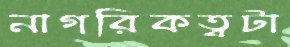
নাগরিকত্বটা